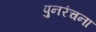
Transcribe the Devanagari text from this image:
पुनरंचना